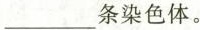
___条染色体。